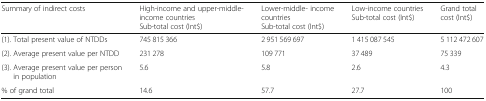
| Summary of indirect costs | High-income and upper-middle- income countriesSub-total cost (Int$) | Lower-middle- income countriesSub-total cost (Int$) | Low-income countriesSub-total cost (Int$) | Grand total cost (Int$) |
 | --- | --- | --- | --- | --- |
 | (1). Total present value of NTDDs | 745 815 366 | 2 951 569 697 | 1 415 087 545 | 5 112 472 607 |
 | (2). Average present value per NTDD | 231 278 | 109 771 | 37 489 | 75 339 |
 | (3). Average present value per person in population | 5.6 | 5.8 | 2.6 | 4.3 |
 | % of grand total | 14.6 | 57.7 | 27.7 | 100 |